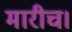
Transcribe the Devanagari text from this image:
मारीच।